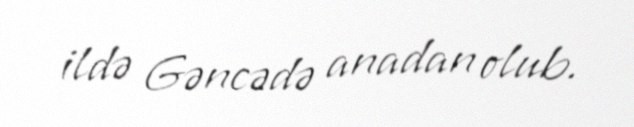
ildə Gəncədə anadan olub.